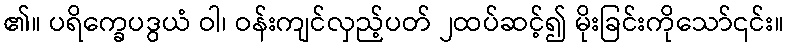
၏။ ပရိက္ခေပဒွယံ ဝါ၊ ဝန်းကျင်လှည့်ပတ် ၂ထပ်ဆင့်၍ မိုးခြင်းကိုသော်၎င်း။